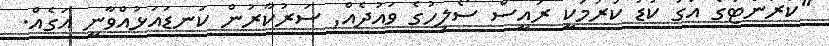
''ކަރަންޓުގެ އަގު ކުޑަ ކުރުމަކީ ރައީސް ސޯލިހުގެ ވައުދެއް